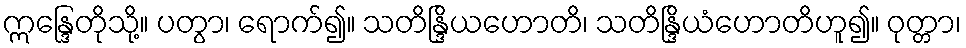
ဣန္ဒြေတိုသို့။ ပတွာ၊ ရောက်၍။ သတိန္ဒြိယဟောတိ၊ သတိန္ဒြိယံဟောတိဟူ၍။ ဝုတ္တာ၊